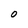
Character: O